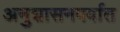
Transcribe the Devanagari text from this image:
अनुशासनपर्वात